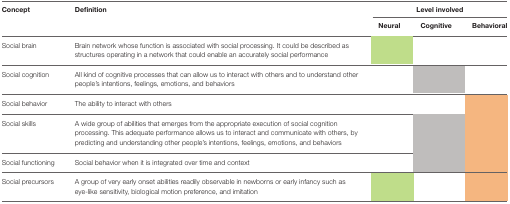
| Concept | Definition | <COLSPAN=3> Level involved |
 |  |  | Neural | Cognitive | Behavioral |
 | --- | --- | --- | --- | --- |
 | Social brain | Brain network whose function is associated with social processing. It could be described as structures operating in a network that could enable an accurately social performance |  |  |  |
 | Social cognition | All kind of cognitive processes that can allow us to interact with others and to understand other people's intentions, feelings, emotions, and behaviors |  |  |  |
 | Social behavior | The ability to interact with others |  |  |  |
 | Social skills | A wide group of abilities that emerges from the appropriate execution of social cognition processing. This adequate performance allows us to interact and communicate with others, by predicting and understanding other people's intentions, feelings, emotions, and behaviors |  |  |  |
 | Social functioning | Social behavior when it is integrated over time and context |  |  |  |
 | Social precursors | A group of very early onset abilities readily observable in newborns or early infancy such as eye-like sensitivity, biological motion preference, and imitation |  |  |  |